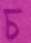
চ